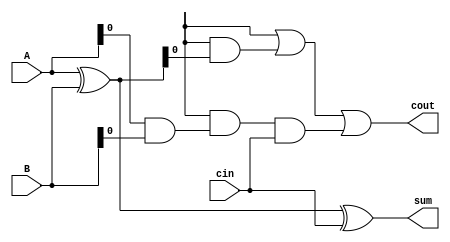
module CLA_adder (
  input [3:0] A, // Input bits to be added
  input [3:0] B, // Input bits to be added
  input cin, // Input carry-in
  output [3:0] sum, // Sum output
  output cout // Carry-out output
);

  // Input Registers
  reg [3:0] A_reg;
  reg [3:0] B_reg;
  assign A_reg = A;
  assign B_reg = B;

  // XOR Gates
  wire [3:0] xor_out;
  assign xor_out = A_reg ^ B_reg;

  // AND Gates
  wire [3:0] and_out;
  assign and_out = A_reg & B_reg;

  // Carry Lookahead Logic
  wire p, g, c0, c1, c2, c3;
  
  assign p = xor_out;
  assign g = and_out;
  
  assign c0 = cin;
  assign c1 = p[0] | (g[0] & c0);
  assign c2 = p[1] | (g[1] & p[0]) | (g[1] & g[0] & c0);
  assign c3 = p[2] | (g[2] & p[1]) | (g[2] & g[1] & p[0]) | (g[2] & g[1] & g[0] & c0);
  
  assign cout = c3;

  // Output Registers
  reg [3:0] sum_reg;
  always @* begin
    sum_reg = xor_out ^ cin;
  end
  
  assign sum = sum_reg;

endmodule